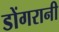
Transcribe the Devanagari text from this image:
डोंगरानी